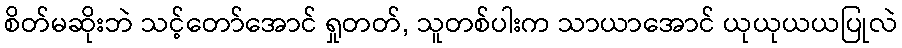
စိတ်မဆိုးဘဲ သင့်တော်အောင် ရှုတတ်, သူတစ်ပါးက သာယာအောင် ယုယုယယပြုလဲ